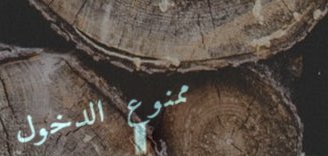
ممنوع الدخول